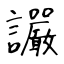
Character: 讝